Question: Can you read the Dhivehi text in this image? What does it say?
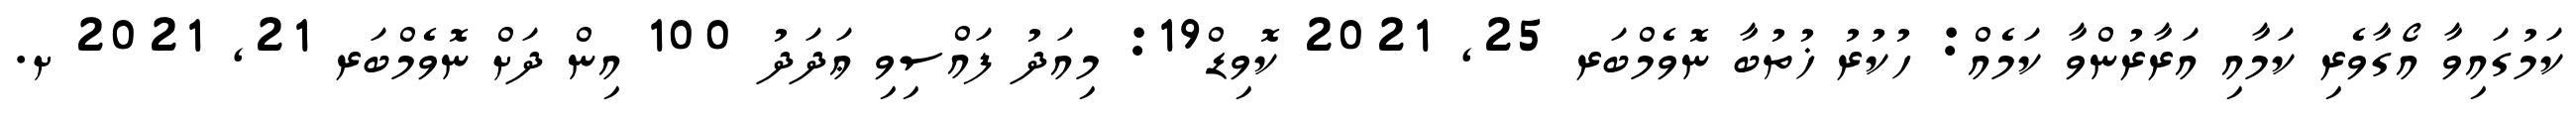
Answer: ކަމުގައިވާ އޯގާވެރި ކަމާއި އަރާރުންވާ ކަމެއް: ހުކުރު ޚުތުބާ ނޮވެމްބަރ 25, 2021 ކޮވިޑް19: މިއަދު ފައްސިވި ޢަދަދު 100 އިން ދަށް ނޮވެމްބަރ 21, 2021 ށ.